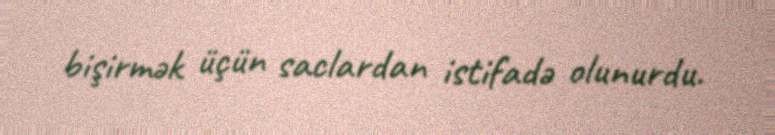
bişirmək üçün saclardan istifadə olunurdu.